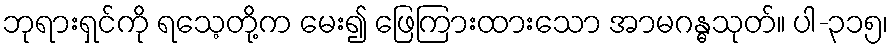
ဘုရားရှင်ကို ရသေ့တို့က မေး၍ ဖြေကြားထားသော အာမဂန္ဓသုတ်။ ပါ-၃၁၅၊